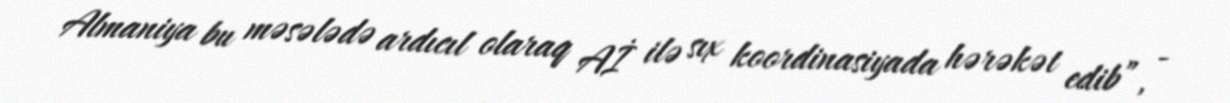
Almaniya bu məsələdə ardıcıl olaraq Aİ ilə sıx koordinasiyada hərəkət edib”, -